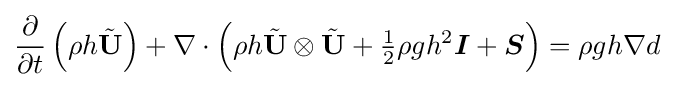
{\frac {\partial }{\partial t}}\left(\rho h{\tilde {\mathbf {U} }}\right)+\nabla \cdot \left(\rho h{\tilde {\mathbf {U} }}\otimes {\tilde {\mathbf {U} }}+{\tfrac {1}{2}}\rho gh^{2}{\boldsymbol {I}}+{\boldsymbol {S}}\right)=\rho gh\nabla d